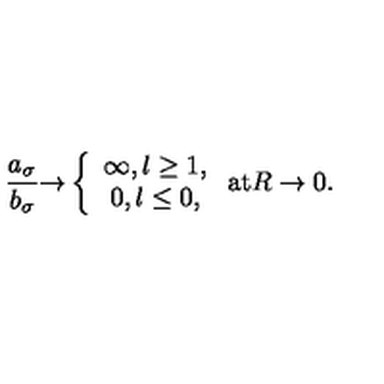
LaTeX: \frac { a _ { \sigma } } { b _ { \sigma } } { \rightarrow } \left\{ \begin{array} { c } { \infty , l \geq 1 , } \\ { 0 , l \leq 0 , } \\ \end{array} \right. \mathrm { a t } R \rightarrow 0 .